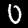
Label: 0